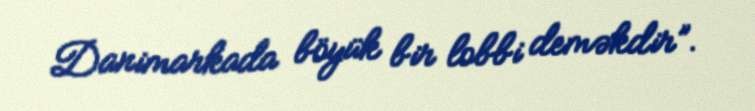
Danimarkada böyük bir lobbi deməkdir”.